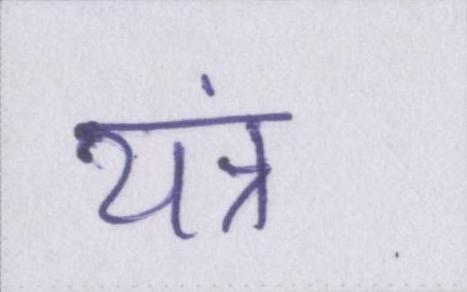
यंत्र